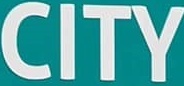
CITY